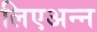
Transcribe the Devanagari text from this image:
लिएअन्न